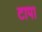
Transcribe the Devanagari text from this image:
टापा